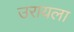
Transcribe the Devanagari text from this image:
उरायला